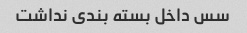
سس داخل بسته بندی نداشت